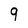
Character: 9